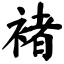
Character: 褚